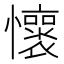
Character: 𫻡